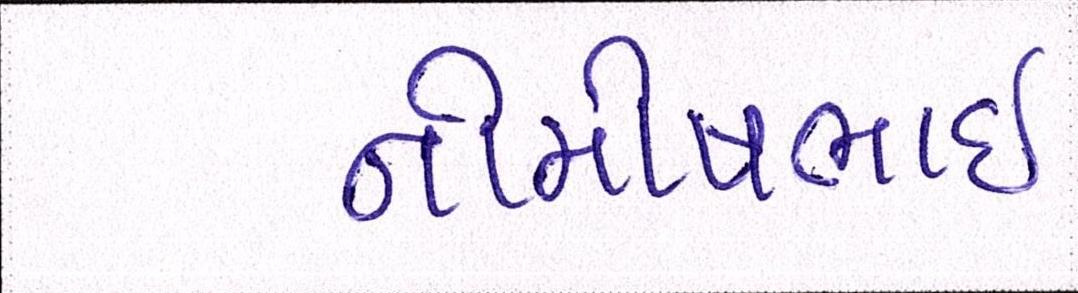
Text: નીમીષભાઈ